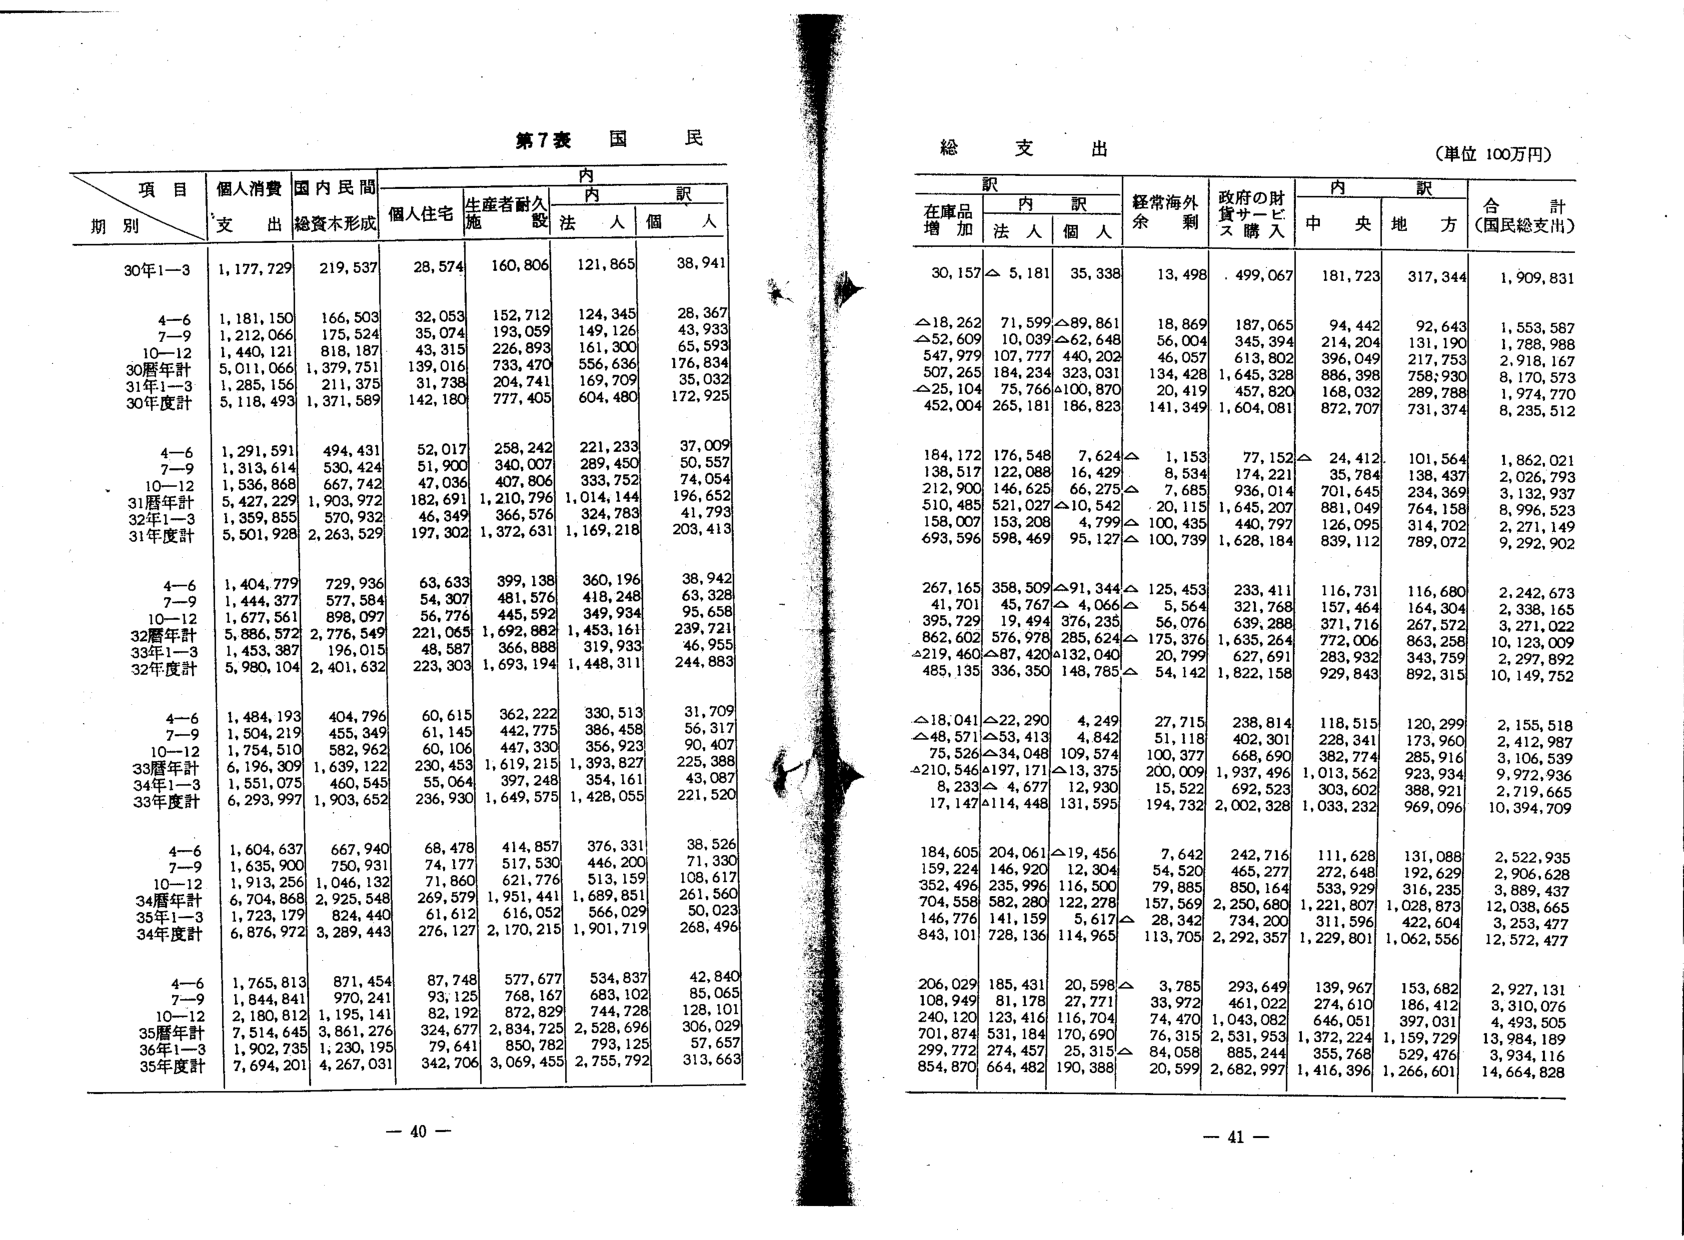
第7表 国民

項目
期別
個人消費
国内民間
内
訳
支 出
総資本形成
個人住宅
生産者耐久
施
設
内
訳
法 人
個 人

30年1-3
1,177,729
219,537
28,574
160,806
121,865
38,941

4-6
1,181,150
166,503
32,053
152,712
124,345
28,367

7-9
1,212,066
175,524
35,074
193,059
149,126
43,933

10-12
1,440,121
818,187
43,315
226,893
161,300
65,593

30暦年計
5,011,066
1,379,751
139,016
733,470
556,636
176,834

31年1-3
1,285,156
211,375
31,738
204,741
169,709
35,032

30年度計
5,118,493
1,371,589
142,180
777,405
604,480
172,925

4-6
1,291,591
494,431
52,017
258,242
221,233
37,009

7-9
1,313,614
530,424
51,900
340,007
289,450
50,557

10-12
1,536,868
667,742
47,036
407,806
333,752
74,054

31暦年計
5,427,229
1,903,972
182,691
1,210,796
1,014,144
196,652

32年1-3
1,359,855
570,932
46,349
366,576
324,783
41,793

31年度計
5,501,928
2,263,529
197,302
1,372,631
1,169,218
203,413

4-6
1,404,779
729,936
63,633
399,138
360,196
38,942

7-9
1,444,377
577,584
54,307
481,576
418,248
63,328

10-12
1,677,561
898,097
56,776
445,592
349,934
95,658

32暦年計
5,886,572
2,776,549
221,065
1,692,882
1,453,161
239,721

33年1-3
1,453,387
196,015
48,587
366,888
319,933
46,955

32年度計
5,980,104
2,401,632
223,303
1,693,194
1,448,311
244,883

4-6
1,484,193
404,796
60,615
362,222
330,513
31,709

7-9
1,504,219
455,349
61,145
442,775
386,458
56,317

10-12
1,754,510
582,962
60,106
447,330
356,923
90,407

33暦年計
6,196,309
1,639,122
230,453
1,619,215
1,393,827
225,388

34年1-3
1,551,075
460,545
55,064
397,248
354,161
43,087

33年度計
6,293,997
1,903,652
236,930
1,649,575
1,428,055
221,520

4-6
1,604,637
667,940
68,478
414,857
376,331
38,526

7-9
1,635,900
750,931
74,177
517,530
446,200
71,330

10-12
1,913,256
1,046,132
71,860
621,776
513,159
108,617

34暦年計
6,704,868
2,925,548
269,579
1,951,441
1,689,851
261,560

35年1-3
1,723,179
824,440
61,612
616,052
566,029
50,023

34年度計
6,876,972
3,289,443
276,127
2,170,215
1,901,719
268,496

4-6
1,765,813
871,454
87,748
577,677
534,837
42,840

7-9
1,844,841
970,241
93,125
768,167
683,102
85,065

10-12
2,180,812
1,195,141
82,192
872,829
744,728
128,101

35暦年計
7,514,645
3,861,276
324,677
2,834,725
2,528,696
306,029

36年1-3
1,902,735
1,230,195
79,641
850,782
793,125
57,657

35年度計
7,694,201
4,267,031
342,706
3,069,455
2,755,792
313,663

総支出
（単位 100万円）

訳
在庫品
増加
内訳
法 人
個 人
経常海外
余剰
政府の財
貨サービス
購入
内訳
中央
地方
合計
（国民総支出）

30,157
△ 5,181
35,338
13,498
499,067
181,723
317,344
1,909,831

△18,262
71,599
△89,861
18,869
187,065
94,442
92,643
1,553,587

△52,609
10,039
△62,648
56,004
345,394
214,204
131,190
1,788,988

547,979
107,777
440,202
46,057
613,802
396,049
217,753
2,918,167

507,265
184,234
323,031
134,428
1,645,328
886,398
758,930
8,170,573

△25,104
75,766
△100,870
20,419
457,820
168,032
289,788
1,974,770

452,004
265,181
186,823
141,349
1,604,081
872,707
731,374
8,235,512

184,172
176,548
7,624
△ 1,153
77,152
△ 24,412
101,564
1,862,021

138,517
122,088
16,429
8,534
174,221
35,784
138,437
2,026,793

212,900
146,625
66,275
△ 7,685
936,014
701,645
234,369
3,132,937

510,485
521,027
△10,542
20,115
1,645,207
881,049
764,158
8,996,523

158,007
153,208
4,799
△ 100,435
440,797
126,095
314,702
2,271,149

693,596
598,469
95,127
△ 100,739
1,628,184
839,112
789,072
9,292,902

267,165
358,509
△91,344
△ 125,453
233,411
116,731
116,680
2,242,673

41,701
45,767
△ 4,066
△ 5,564
321,768
157,464
164,304
2,338,165

395,729
19,494
376,235
56,076
639,288
371,716
267,572
3,271,022

862,602
576,978
285,624
△ 175,376
1,635,264
772,006
863,258
10,123,009

△219,460
△87,420
△132,040
20,799
627,691
283,932
343,759
2,297,892

485,135
336,350
148,785
△ 54,142
1,822,158
929,843
892,315
10,149,752

△18,041
△22,290
4,249
27,715
238,814
118,515
120,299
2,155,518

△48,571
△53,413
4,842
51,118
402,301
228,341
173,960
2,412,987

75,526
△34,048
109,574
100,377
668,690
382,774
285,916
3,106,539

△210,546
△197,171
△13,375
200,009
1,937,496
1,013,562
923,934
9,972,936

8,233
△ 4,677
12,930
15,522
692,523
303,602
388,921
2,719,665

17,147
△114,448
131,595
194,732
2,002,328
1,033,232
969,096
10,394,709

184,605
204,061
△19,456
7,642
242,716
111,628
131,088
2,522,935

159,224
146,920
12,304
54,520
465,277
272,648
192,629
2,906,628

352,496
235,996
116,500
79,885
850,164
533,929
316,235
3,889,437

704,558
582,280
122,278
157,569
2,250,680
1,221,807
1,028,873
12,038,665

146,776
141,159
5,617
△ 28,342
734,200
311,596
422,604
3,253,477

843,101
728,136
114,965
113,705
2,292,357
1,229,801
1,062,556
12,572,477

206,029
185,431
20,598
△ 3,785
293,649
139,967
153,682
2,927,131

108,949
81,178
27,771
33,972
461,022
274,610
186,412
3,310,076

240,120
123,416
116,704
74,470
1,043,052
646,051
397,031
4,493,505

701,874
531,184
170,690
76,315
2,531,953
1,372,224
1,159,729
13,984,189

299,772
274,457
25,315
△ 34,058
885,244
355,768
529,476
3,934,116

854,870
664,482
190,388
20,599
2,682,997
1,416,396
1,266,601
14,664,828

- 40 -
- 41 -